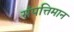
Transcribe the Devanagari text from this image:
संपत्तिमान